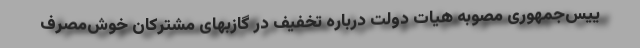
ییس‌جمهوری مصوبه هیات دولت درباره تخفیف در گازبهای مشترکان خوش‌مصرف